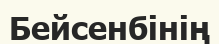
Бейсенбінің